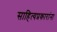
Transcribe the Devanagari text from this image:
साहित्यप्रकारांना